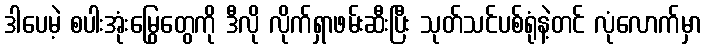
ဒါပေမဲ့ စပါးအုံးမြွေတွေကို ဒီလို လိုက်ရှာဖမ်းဆီးပြီး သုတ်သင်ပစ်ရုံနဲ့တင် လုံလောက်မှာ